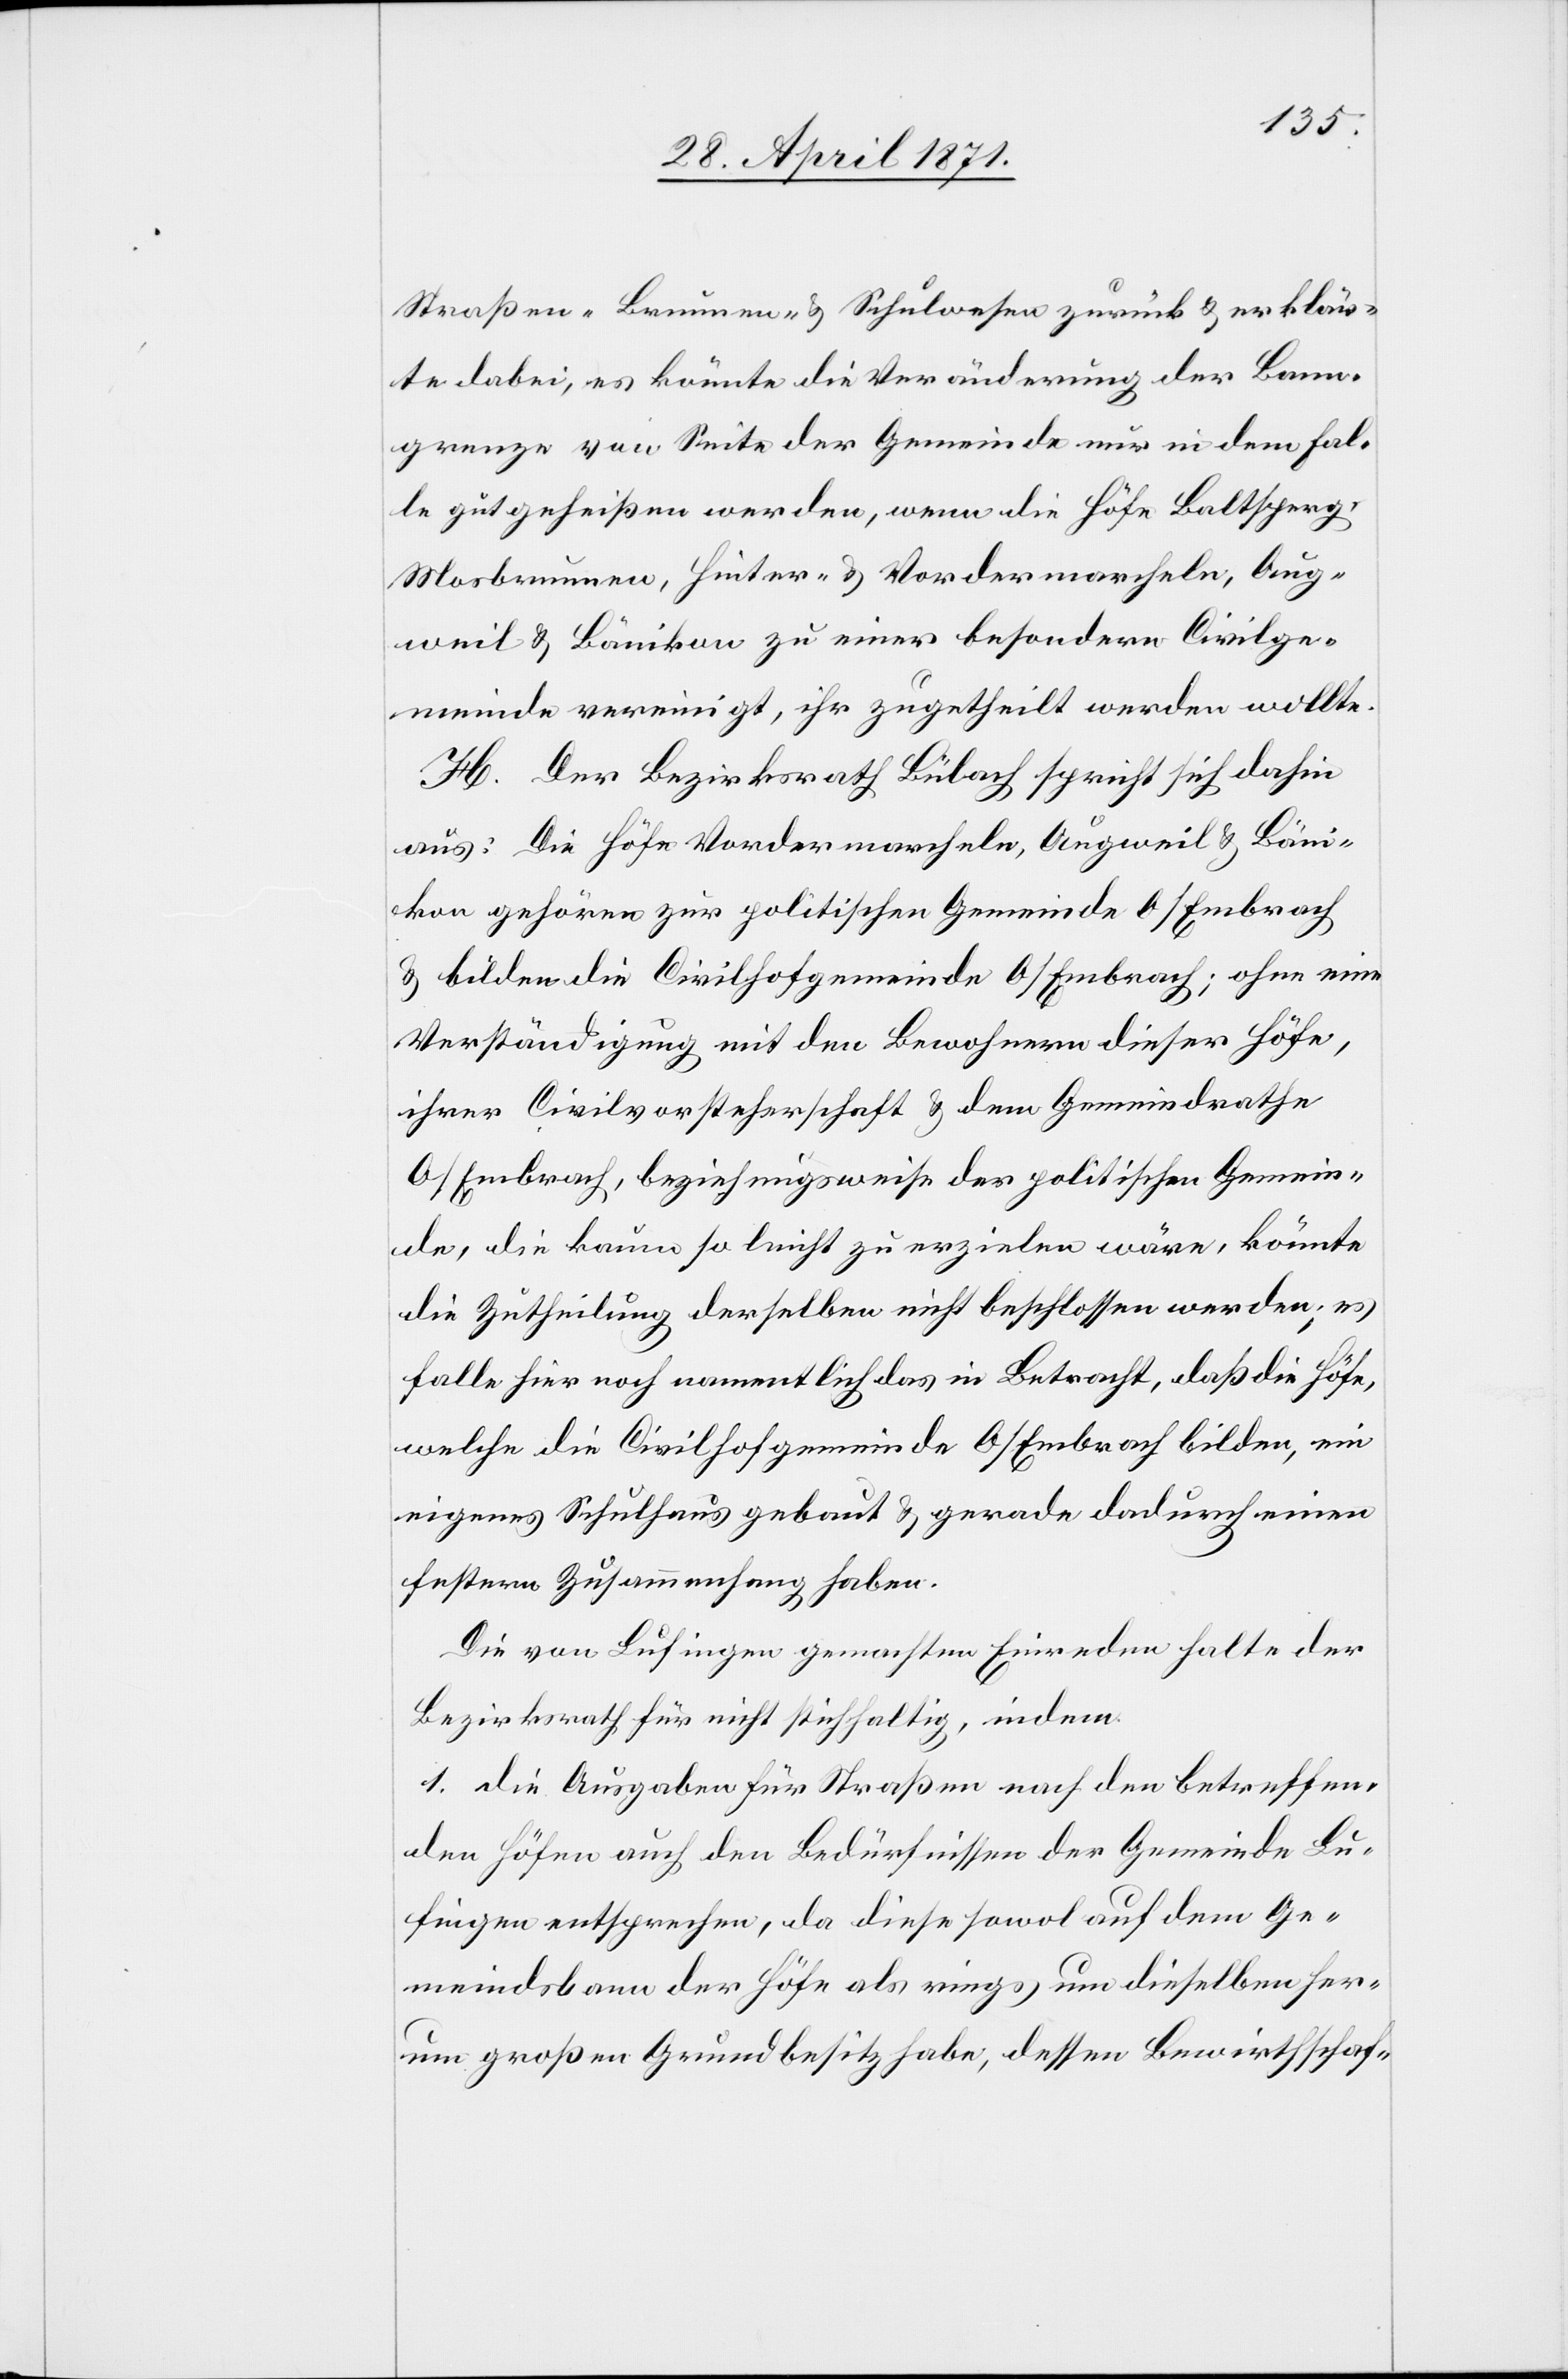
Straßen-[,] Brunnen- u. Schulwesen zurück u. erklär¬
te dabei, es könnte die Veränderungen der Bann¬
grenze von Seite der Gemeinde nur in dem Fal¬
le gutgeheißen werden, wenn die Höfe Baltsper¬
g-Mosbrunnen [sic!] , Hinter- u. Vordermarcheln, Aug¬
weil u. Bänikon zu einer besondern Civilge¬
meinde vereinigt, ihr zugetheilt werden wollte.
H. Der Bezirksrath Bülach spricht sich dahin
aus: Die Höfe Vordermarcheln, Augweil u. Bäni¬
kon gehören zur politischen Gemeinde O/Embrach
u. bilden die Civilhofgemeinde O/Embrach; ohne eine
Verständigung mit den Bewohnern dieser Höfe,
ihrer Civilvorsteherschaft u. dem Gemeindrathe
O/Embrach, beziehungsweise der politischen Gemein¬
de, die kaum so leicht zu erzielen wäre, könnte
die Zutheilung derselben nicht beschlossen werden; es
falle hier noch namentlich das in Betracht, daß die Höfe,
welche die Civilhofgemeinde O/Embrach bilden, ein
eigenes Schulhaus gebaut u. gerade dadurch einen
festern Zusammenhang haben.
Die von Lufingen gemachten Einreden halte der
Bezirksrath für nicht stichhaltig, indem
1. die Ausgaben für Straßen nach den betreffen¬
den Höfen auch den Bedürfnissen der Gemeinde Lu¬
fingen entsprechen, da diese sowol auf dem Ge¬
meindsbann der Höfe als rings um dieselben her¬
um großen Grundbesitz habe, dessen Bewirthschaf-